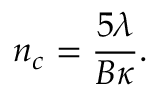
n _ { c } = \frac { 5 \lambda } { B \kappa } .